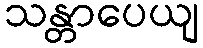
သန္တာပေယျ